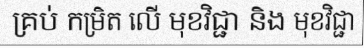
គ្រប់ កម្រិត លើ មុខវិជ្ជា និង មុខវិជ្ជា